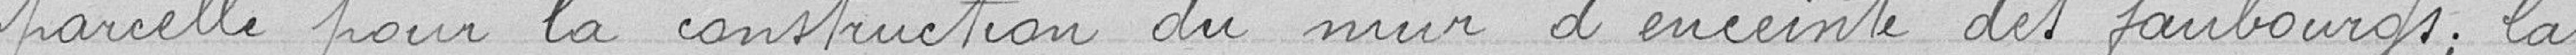
parcelle pour la construction du mur d'enceinte des faubourgs ; la